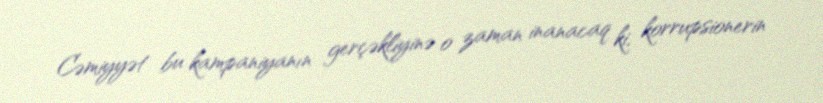
Cəmiyyət bu kampaniyanın gerçəkliyinə o zaman inanacaq ki, korrupsionerin